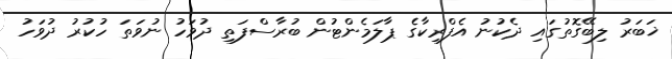
ޚަބަރު ލިބޭގޮތުގައި ދެކުނު އެފްރިކާގެ ޕާލަމެންޓުން ބުރާސްފަތި ދުވަހު ނުވަތަ ހުކުރު ދުވަހު